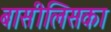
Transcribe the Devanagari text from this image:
बासीलिसका